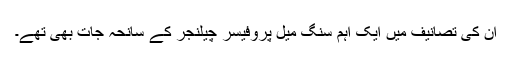
اِن کی تصانیف میں ایک اہم سنگ میل پروفیسر چیلنجر کے سانحہ جات بھی تھے۔